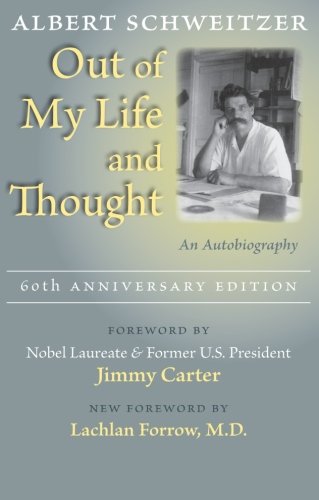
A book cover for Out of My Life and Thought: An Autobiography; Albert Schweitzer; Biographies & Memoirs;